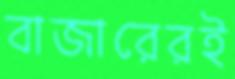
বাজারেরই